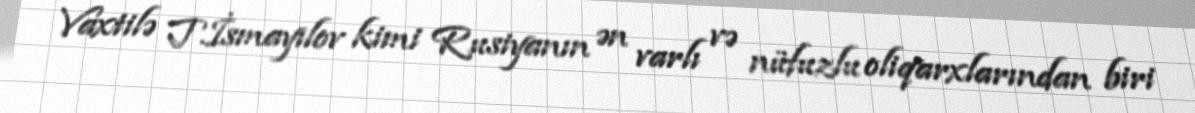
Vaxtilə T.İsmayılov kimi Rusiyanın ən varlı və nüfuzlu oliqarxlarından biri